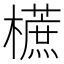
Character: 𣞢